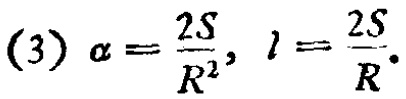
(3) $\alpha=\frac{2S}{R^{2}}$, $l = \frac{2S}{R}$.